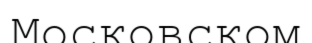
Московском